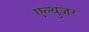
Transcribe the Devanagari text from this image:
एल्थुजर